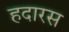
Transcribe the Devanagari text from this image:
हदारस